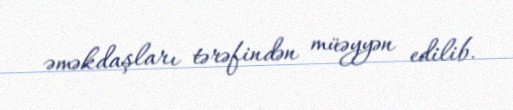
əməkdaşları tərəfindən müəyyən edilib.